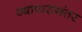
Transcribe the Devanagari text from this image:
व्यापारानंतर